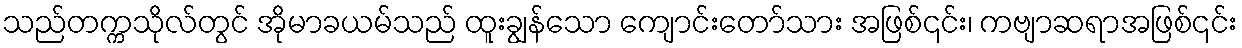
သည်တက္ကသိုလ်တွင် အိုမာခယမ်သည် ထူးချွန်သော ကျောင်းတော်သား အဖြစ်၎င်း၊ ကဗျာဆရာအဖြစ်၎င်း